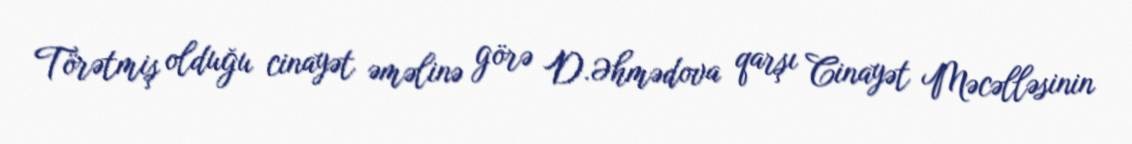
Törətmiş olduğu cinayət əməlinə görə D.Əhmədova qarşı Cinayət Məcəlləsinin